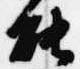
能